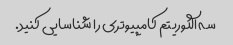
سه الگوریتم کامپیوتری را شناسایی کنید.